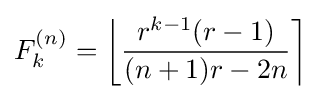
F_{k}^{(n)}=\left\lfloor {\frac {r^{k-1}(r-1)}{(n+1)r-2n}}\right\rceil \!